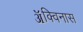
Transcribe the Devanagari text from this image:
ॲक्विनास